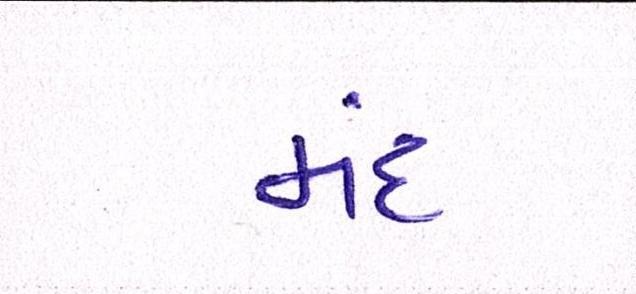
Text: મંદ